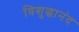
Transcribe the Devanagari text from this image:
विशुद्धानंद